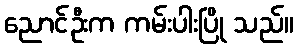
ညောင်ဦးက ကမ်းပါးပြို သည်။